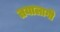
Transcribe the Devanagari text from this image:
तयालागी